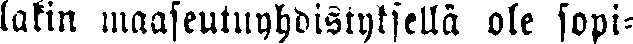
lakin maaseutuyhdistyksellä ole sopi-